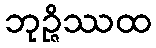
ဘုဉ္ဇိဿထ